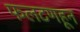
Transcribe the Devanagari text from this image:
फलटणहून